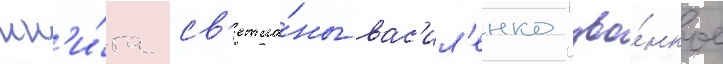
кн'и́га св'етла́ны вас'ил'енко "зво́нкое